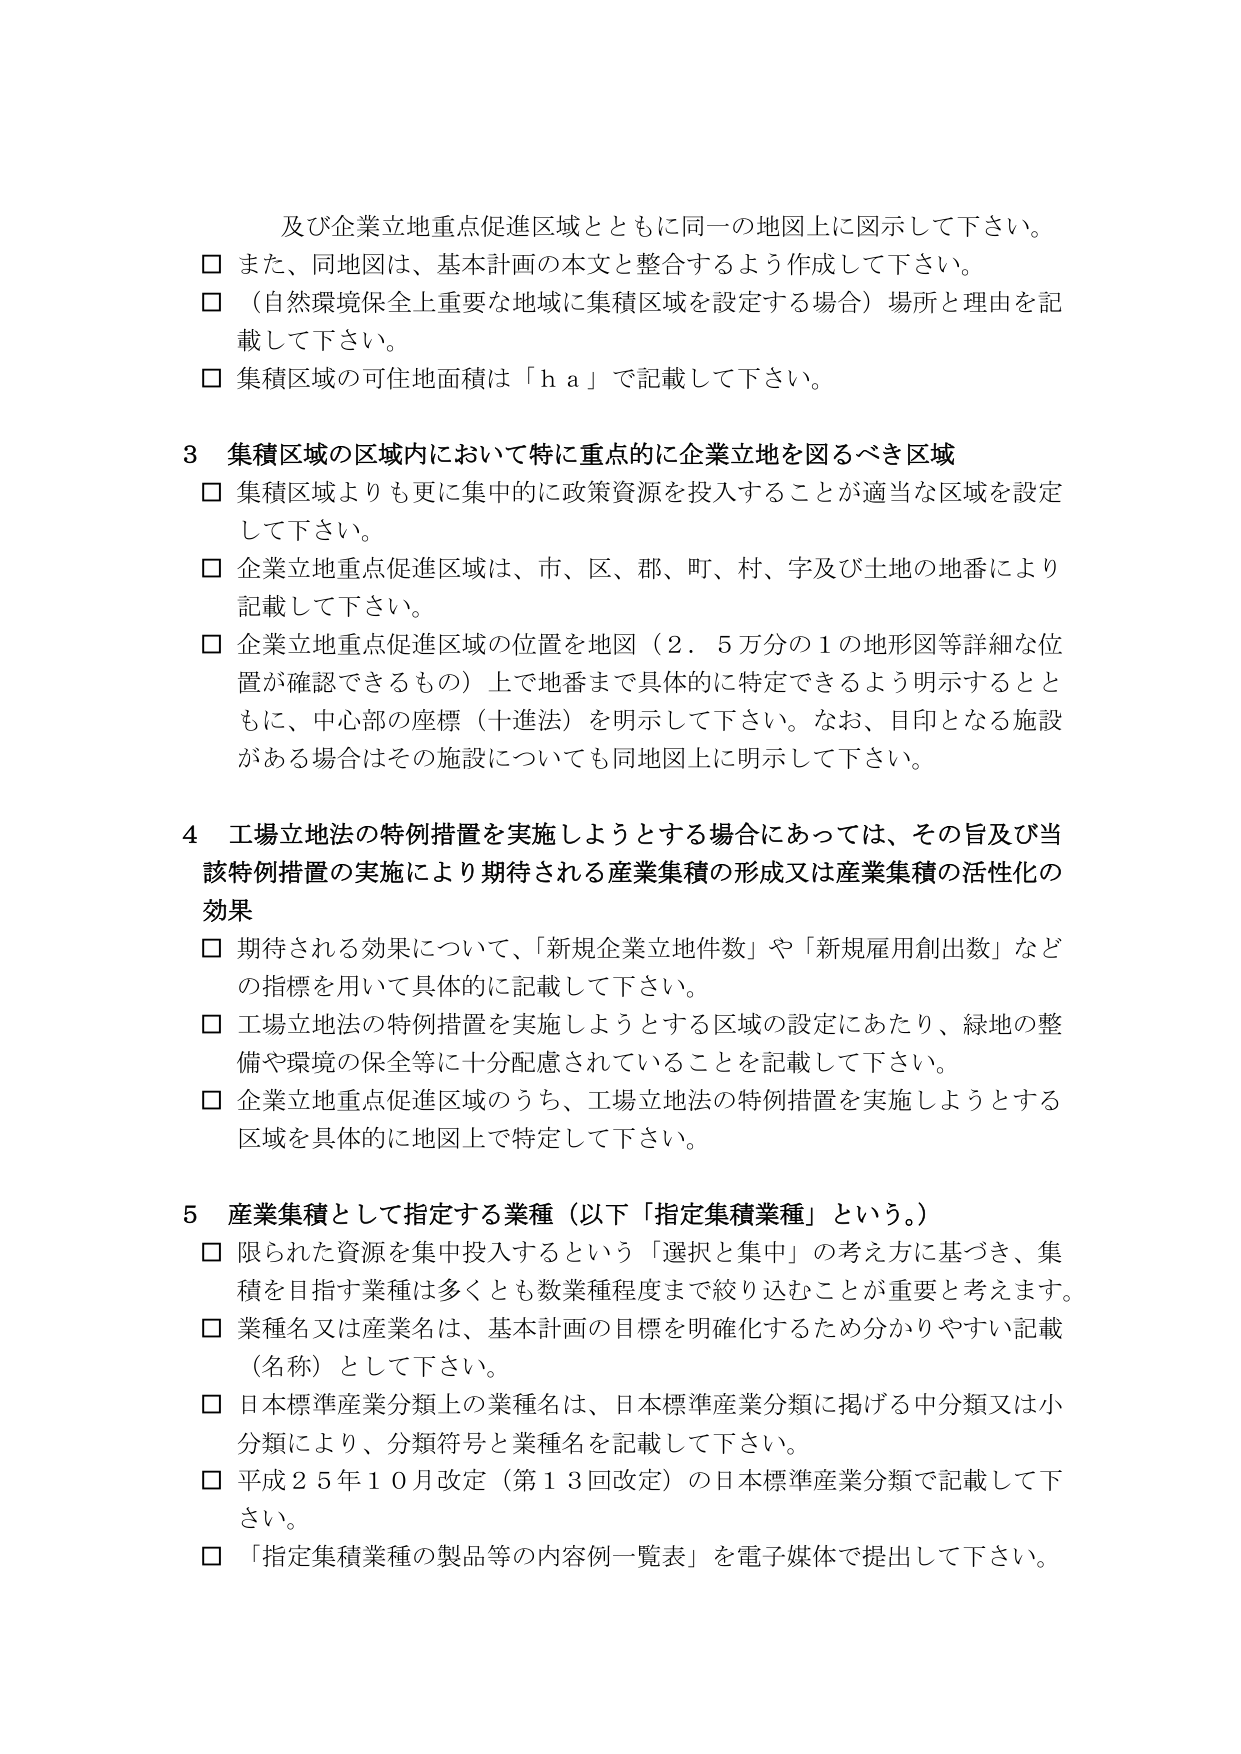
及び企業立地重点促進区域とともに同一の地図上に図示して下さい。
□ また、同地図は、基本計画の本文と整合するよう作成して下さい。
□ （自然環境保全上重要な地域に集積区域を設定する場合）場所と理由を記載して下さい。
□ 集積区域の可住地面積は「ｈａ」で記載して下さい。

３ 集積区域の区域内において特に重点的に企業立地を図るべき区域
□ 集積区域よりも更に集中的に政策資源を投入することが適当な区域を設定して下さい。
□ 企業立地重点促進区域は、市、区、郡、町、村、字及び土地の地番により記載して下さい。
□ 企業立地重点促進区域の位置を地図（２．５万分の１の地形図等詳細な位置が確認できるもの）上で地番まで具体的に特定できるよう明示するとともに、中心部の座標（十進法）を明示して下さい。なお、目印となる施設がある場合はその施設についても同地図上に明示して下さい。

４ 工場立地法の特例措置を実施しようとする場合にあっては、その旨及び当該特例措置の実施により期待される産業集積の形成又は産業集積の活性化の効果
□ 期待される効果について、「新規企業立地件数」や「新規雇用創出数」などの指標を用いて具体的に記載して下さい。
□ 工場立地法の特例措置を実施しようとする区域の設定にあたり、緑地の整備や環境の保全等に十分配慮されていることを記載して下さい。
□ 企業立地重点促進区域のうち、工場立地法の特例措置を実施しようとする区域を具体的に地図上で特定して下さい。

５ 産業集積として指定する業種（以下「指定集積業種」という。）
□ 限られた資源を集中投入するという「選択と集中」の考え方に基づき、集積を目指す業種は多くとも数業種程度まで絞り込むことが重要と考えます。
□ 業種名又は産業名は、基本計画の目標を明確化するため分かりやすい記載（名称）として下さい。
□ 日本標準産業分類上の業種名は、日本標準産業分類に掲げる中分類又は小分類により、分類符号と業種名を記載して下さい。
□ 平成２５年１０月改定（第１３回改定）の日本標準産業分類で記載して下さい。
□ 「指定集積業種の製品等の内容例一覧表」を電子媒体で提出して下さい。